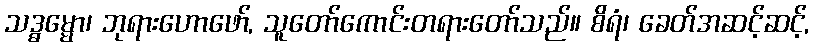
သဒ္ဓမ္မော၊ ဘုရားဟောဖော်, သူတော်ကောင်းတရားတော်သည်။ စိရံ၊ ခေတ်အဆင့်ဆင့်,